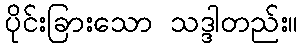
ပိုင်းခြားသော သဒ္ဒါတည်း။